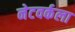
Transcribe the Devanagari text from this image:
नेटवर्कला